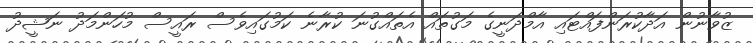
ޒުވާނުން އަދާކުރަންފައްޓައި އާމްދަނީގެ މަގުތައް އެތައްގުނަ ކުރާނެ ކަމުގައިވެސް ރައީސް މުހަންމަދު ނަޝީދު